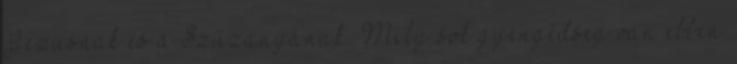
Jézusnak és a Szűzanyának. Mily sok gyengédség van ebben